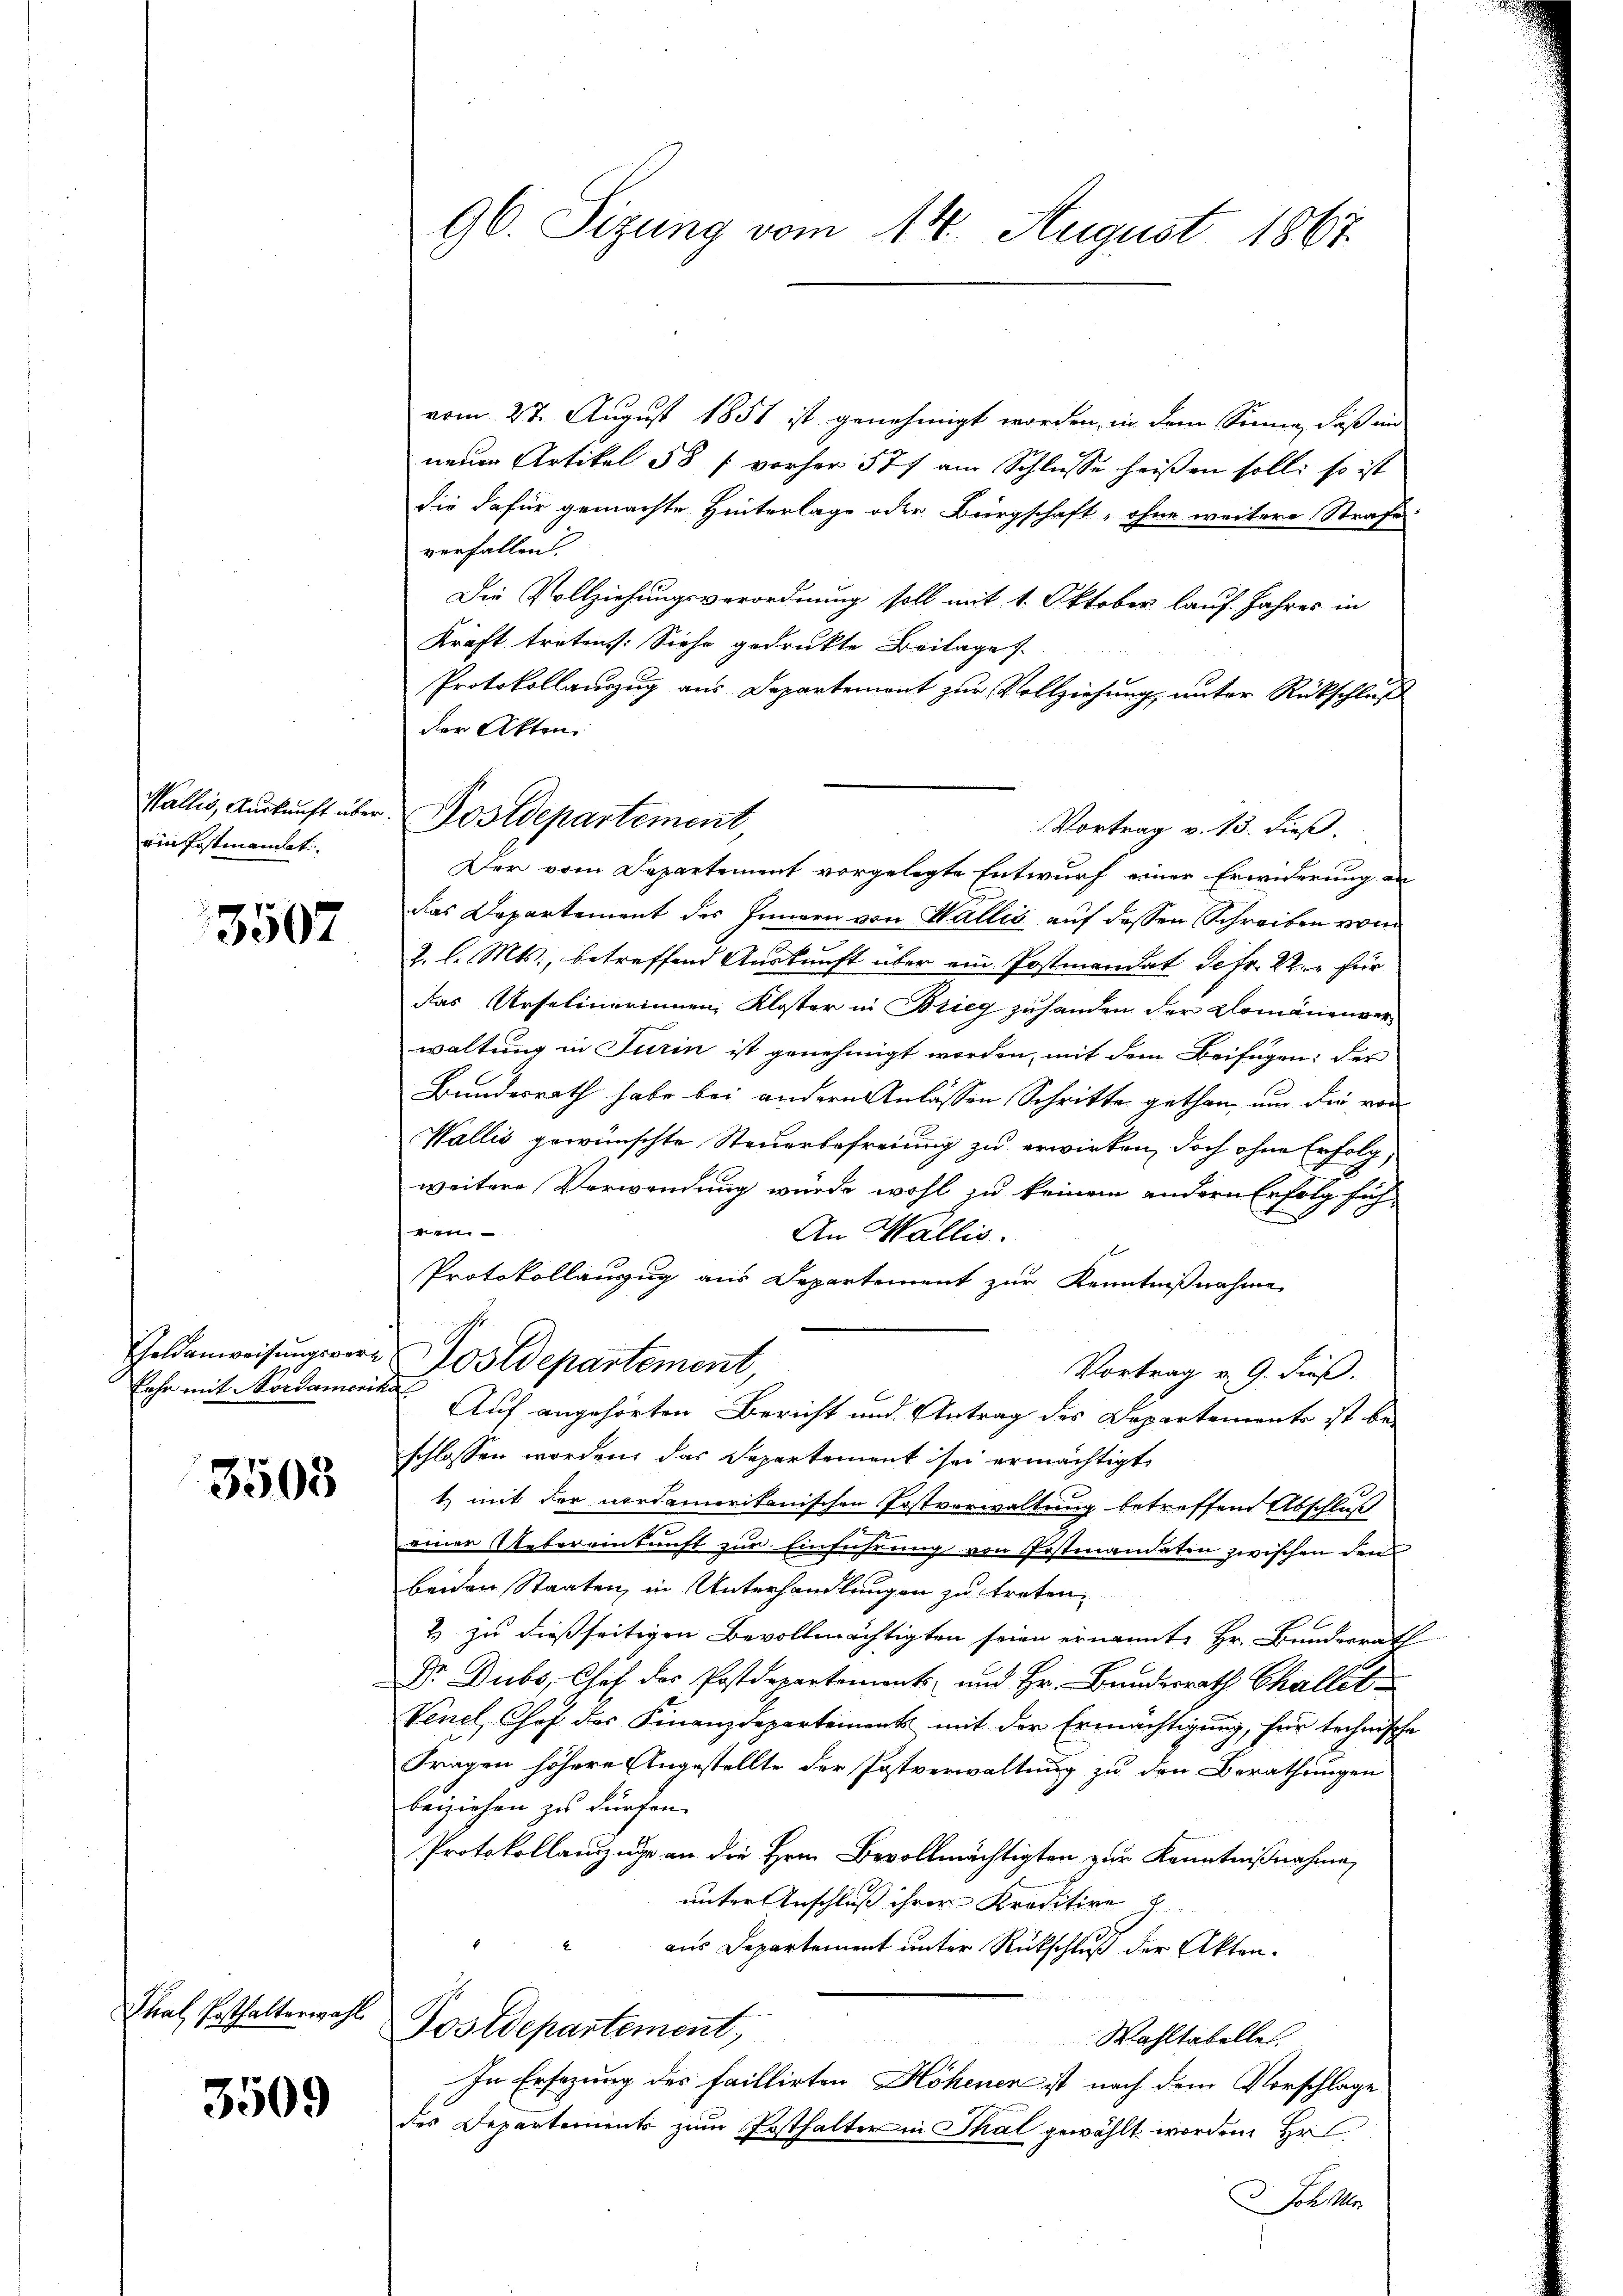
ein Postmanbet

3507

Lehr mit Nordamerika

3503

Thal, Posthalterwahl

3509

96. Sizung vom 14. August 1867

vom 27. August 1858 ist genehmigt worden, in dem Sinne, daß in
neuen Artikel 58 / vorher 577 am Schlüsse heißen soll, so ist
Sie dafür gemachte Hinterlage oder Bürgschaft, ohne weitere Strafe
verfallen.
Die Vollziehungsverordnung soll mit 1. Oktober lauf Jahres in
Kraft treten: Siehe gedruckte Beilage.
Protokollaŭszŭg aŭs Departemont zŭr Vollziehŭng ŭnter Rückschluß
der Akten
Vortrag v. 13. dieß.
Der vom Departement vorgelegte Entwurf einer Erwiderung an
das Departement des Innern von Wallis auf dessen Schreiben vom
2. l. Mts., betreffend Auskunft über ein Postmandat de fr. Wer für
das Urselinerinnen, Kloster in Brieg zuhanden der Domänenverwaltung in Turin ist genehmigt worden, mit dem Beifügen: der
Bundesrath habe bei andern Anlassen Schritte gethan, nur die von
Wallis gewünschte Steuerbefreiung zu erwirken, doch ohne Erfolg
weitere Verwendung wurde wohl zu keinem andern Erfolg füh-

An Wallis.
Protokollanzug aus Departement zur Kenntnißnahme
Geldanweisŭngsvere Postdepartement
Vortrag v. 9. dieß.
Auf angehörten Bericht und Antrag des Departemente ist be-
schlossen worden, das Departement sei ermächtigt,
1. mit der nordamerikanischen Postverwaltung betreffend Abschlus
einer Untereinkunft zur Einführung von Postmandaten zwischen den
beiden Staaten, in Unterhandlungen zu treten.
f
& zu dießseitigen Bevollmächtigten seien ernannte Hr. Bunderrath
Dr. Dubs, Chef des Postdepartements und Hr. Bundesrath Challet
Venel, Chof des Finanzdepartement mit der Ermächtigung, für technische
Fragen höhere Angestellte der Postverwaltung zu den Berathungen
beiziehen zu dürfen.
Protokollauszuge an die Hrn. Bevollmächtigten zur Kenntnißnahme,
unter Anschluß ihrer Kreditive
aus Departement unter Rückschluß der Akten¬
Postdepartement,
Wahltatelle.
In Ersezung des faillirten Höhener ist nach dem Vorschlage
des Departements zum Posthalter in Thal gewählt worden. Hr
Fall ke

Wallis, Auskunft über Postdepartement